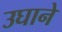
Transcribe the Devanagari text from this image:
उघाने